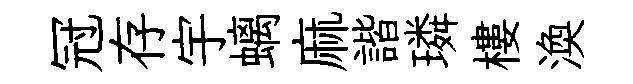
冠存宇螭麻諧璘樓渙